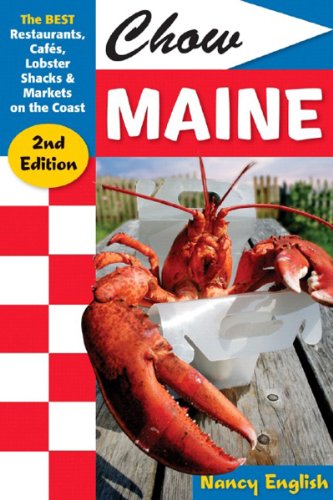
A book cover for Chow Maine: The Best Restaurants, Cafes, Lobster Shacks & Markets on the Coast, Second Edition; Nancy English; Travel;